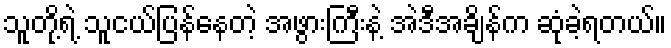
သူတို့ရဲ့ သူငယ်ပြန်နေတဲ့ အဖွားကြီးနဲ့ အဲဒီအချိန်က ဆုံခဲ့ရတယ်။